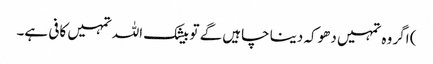
) اگر وہ تمہیں دھوکہ دینا چاہیں گے تو بیشک اللہ تمہیں کافی ہے۔